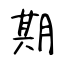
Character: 期